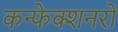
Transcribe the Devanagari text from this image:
कन्फेक्शनरों